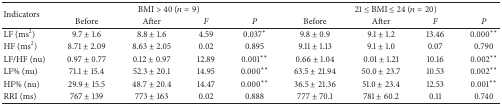
<table><thead><tr><td rowspan="2"><b>Indicators</b></td><td colspan="4"><b>BMI &gt; 40 (<i>n</i> = 9)</b></td><td colspan="4"><b>21 ≤ BMI ≤ 24 (<i>n</i> = 20)</b></td></tr><tr><td><b>Before</b></td><td><b>After</b></td><td><b><i>F </i></b></td><td><b><i>P </i></b></td><td><b>Before</b></td><td><b>After</b></td><td><b><i>F </i></b></td><td><b><i>P </i></b></td></tr></thead><tbody><tr><td>LF (ms<sup>2</sup>)</td><td>9.7 ± 1.6</td><td>8.8 ± 1.6</td><td>4.59</td><td>0.037*</td><td>9.8 ± 0.9</td><td>9.1 ± 1.2</td><td>13.46</td><td>0.000**</td></tr><tr><td>HF (ms<sup>2</sup>)</td><td>8.71 ± 2.09</td><td>8.63 ± 2.05</td><td>0.02</td><td>0.895</td><td>9.11 ± 1.13</td><td>9.1 ± 1.0</td><td>0.07</td><td>0.790</td></tr><tr><td>LF/HF (nu)</td><td>0.97 ± 0.77</td><td>0.12 ± 0.97</td><td>12.89</td><td>0.001**</td><td>0.66 ± 1.04</td><td>0.01 ± 1.21</td><td>10.16</td><td>0.002**</td></tr><tr><td>LF% (nu)</td><td>71.1 ± 15.4</td><td>52.3 ± 20.1</td><td>14.95</td><td>0.000**</td><td>63.5 ± 21.94</td><td>50.0 ± 23.7</td><td>10.53</td><td>0.002**</td></tr><tr><td>HF% (nu)</td><td>29.9 ± 15.5</td><td>48.7 ± 20.4</td><td>14.47</td><td>0.000**</td><td>36.5 ± 21.36</td><td>51.0 ± 23.4</td><td>12.53</td><td>0.001**</td></tr><tr><td>RRI (ms)</td><td>767 ± 139</td><td>773 ± 163</td><td>0.02</td><td>0.888</td><td>777 ± 70.1</td><td>781 ± 60.2</td><td>0.11</td><td>0.740</td></tr></tbody></table>